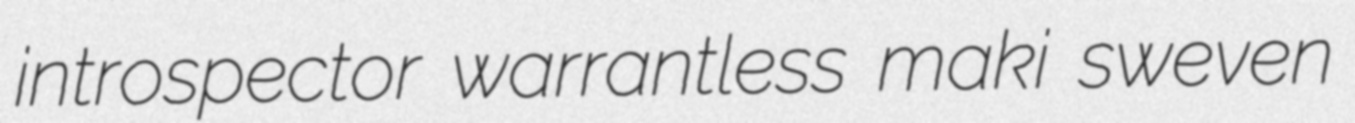
introspector warrantless maki sweven